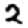
Digit: 2